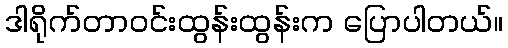
ဒါရိုက်တာဝင်းထွန်းထွန်းက ပြောပါတယ်။